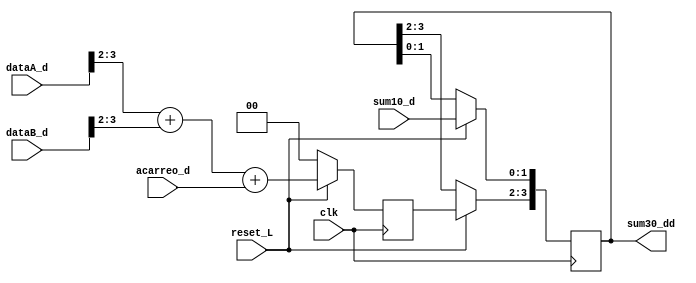
module etapa2(
        input [3:0] dataA_d,
        input [3:0] dataB_d,
        input clk,
        input reset_L,
        input [1:0] sum10_d,
        input acarreo_d,
        output reg [3:0] sum30_dd
    );
    reg [1:0] sumatotal;

    always @(posedge clk)begin
        if (!reset_L) begin
            sumatotal <= 0;
        end 
        else begin
            sumatotal<= dataA_d[3:2] + dataB_d[3:2]+acarreo_d;
            sum30_dd[3:2] <= sumatotal;
            sum30_dd[1:0] <= sum10_d;
        end
    end
endmodule